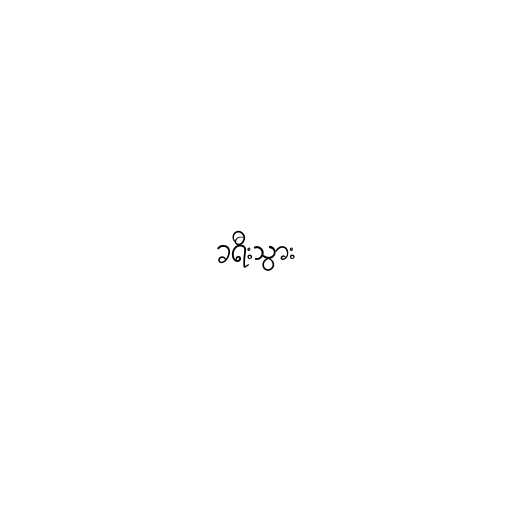
ခရီးသွား